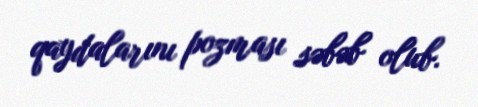
qaydalarını pozması səbəb olub.